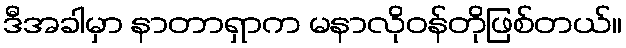
ဒီအခါမှာ နာတာရှာက မနာလိုဝန်တိုဖြစ်တယ်။